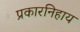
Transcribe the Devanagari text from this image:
प्रकारनिहाय